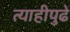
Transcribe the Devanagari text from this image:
त्याहीपुढे